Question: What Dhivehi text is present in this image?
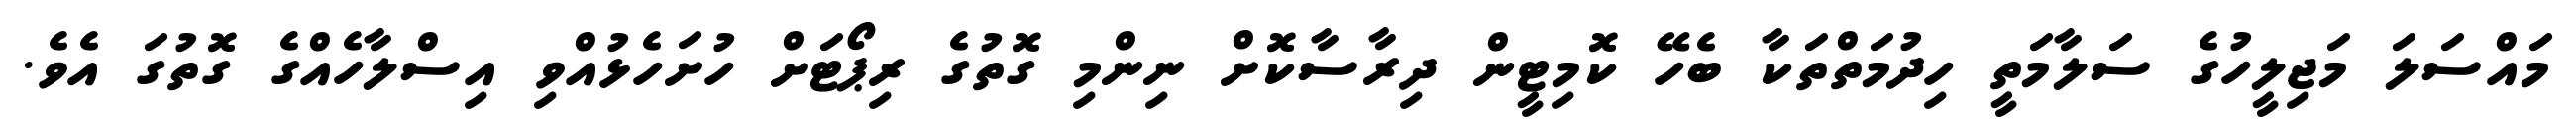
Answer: މައްސަލަ މަޖިލީހުގެ ސަލާމަތީ ހިދުމަތްތަކާ ބެހޭ ކޮމިޓީން ދިރާސާކޮށް ނިންމި ގޮތުގެ ރިޕޯޓަށް ހުށަހެޅުއްވި އިސްލާހެއްގެ ގޮތުގަ އެވެ.